Annual administration report of the Civil Veterinary Department of India - 1892-1893
Year: 1892
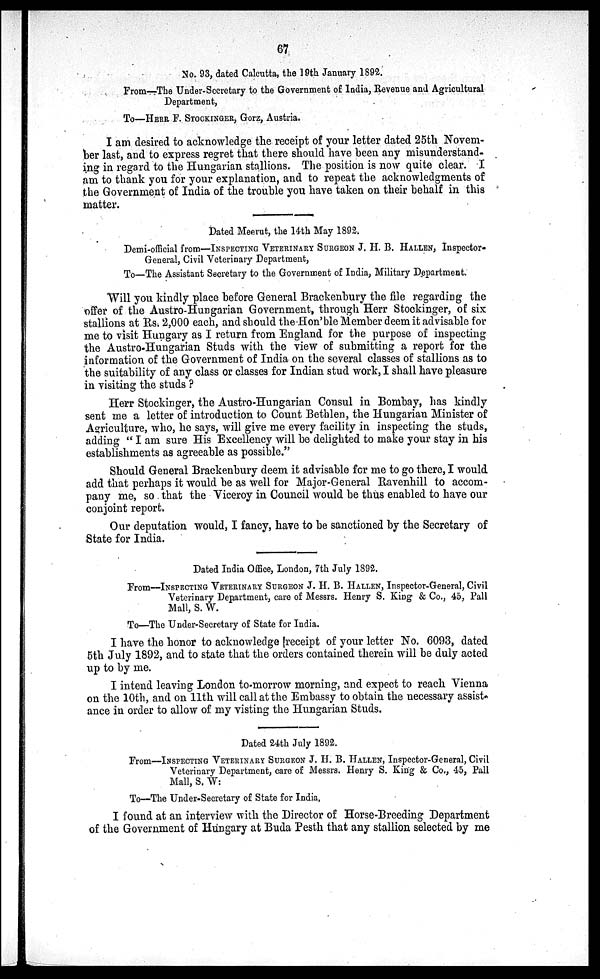
67
No. 93, dated Calcutta, the 19th January 1892.
From—The Under-Secretary to the Government of India, Revenue and Agricultural
Department,
To—HERR F. STOCKINGER, Gorz, Austria.
I am desired to acknowledge the receipt of your letter dated 25th Novem-
ber last, and to express regret that there should have been any misunderstand-
ing in regard to the Hungarian stallions. The position is now quite clear. I
am to thank you for your explanation, and to repeat the acknowledgments of
the Government of India of the trouble you have taken on their behalf in this
matter.
Dated Meerut, the 14th May 1892.
Demi-official from—INSPECTING VETERINARY SURGEON J. H. B. HALLEN, Inspector-
General, Civil Veterinary Department,
To—The Assistant Secretary to the Government of India, Military Department.
Will you kindly place before General Brackenbury the file regarding the
offer of the Austro-Hungarian Government, through Herr Stockinger, of six
stallions at Rs. 2,000 each, and should the Hon'ble Member deem it advisable for
me to visit Hungary as I return from England for the purpose of inspecting
the Austro-Hungarian Studs with the view of submitting a report for the
information of the Government of India on the several classes of stallions as to
the suitability of any class or classes for Indian stud work, I shall have pleasure
in visiting the studs?
Herr Stockinger, the Austro-Hungarian Consul in Bombay, has kindly
sent me a letter of introduction to Count Bethlen, the Hungarian Minister of
Agriculture, who, he says, will give me every facility in inspecting the studs,
adding "I am sure His Excellency will be delighted to make your stay in his
establishments as agreeable as possible."
Should General Brackenbury deem it advisable for me to go there, I would
add that perhaps it would be as well for Major-General Ravenhill to accom-
pany me, so that the Viceroy in Council would be thus enabled to have our
conjoint report.
Our deputation would, I fancy, have to be sanctioned by the Secretary of
State for India.
Dated India Office, London, 7th July 1892.
From—INSPECTING VETERINARY SURGEON J. H. B. HALLEN, Inspector-General, Civil
Veterinary Department, care of Messrs. Henry S. King & Co., 45, Pall
Mall, S. W.
To—The Under-Secretary of State for India.
I have the honor to acknowledge [receipt of your letter No. 6093, dated
5th July 1892, and to state that the orders contained therein will be duly acted
up to by me.
I intend leaving London to-morrow morning, and expect to reach Vienna
on the 10th, and on 11th will call at the Embassy to obtain the necessary assist.
ance in order to allow of my visting the Hungarian Studs.
Dated 24th July 1892.
From—INSPECTING VETERINARY SURGEON J. H. B. HALLEN, Inspector-General, Civil
Veterinary Department, care of Messrs. Henry S. King & Co., 45, Pall
Mall, S. W:
To—The Under-Secretary of State for India,
I found at an interview with the Director of Horse-Breeding Department
of the Government of Hungary at Buda Pesth that any stallion selected by me